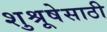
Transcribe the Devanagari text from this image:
शुश्रूषेसाठी